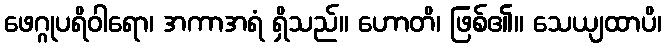
ဖေဂ္ဂုပရိဝါရော၊ အကာအရံ ရှိသည်။ ဟောတိ၊ ဖြစ်၏။ သေယျထာပိ၊